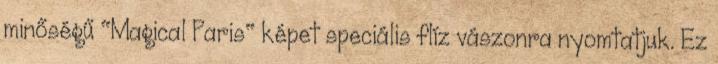
minőségű "Magical Paris" képet speciális flíz vászonra nyomtatjuk. Ez